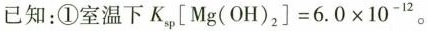
已知：①室温下 $$FK_{sp}\left[ Mg(OH)_{2}\right] =6.0 \times 10^{-12}$$。